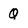
Character: Q